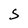
Character: 5